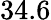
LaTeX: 34.6